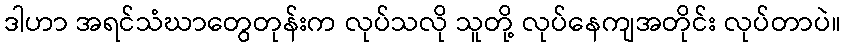
ဒါဟာ အရင်သံဃာတွေတုန်းက လုပ်သလို သူတို့ လုပ်နေကျအတိုင်း လုပ်တာပဲ။